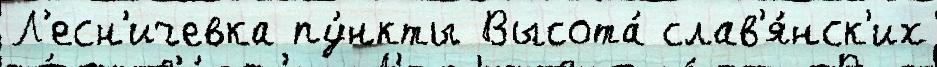
Л'есн'ичевка пу́нкты Высота́ слав'я́нск'их